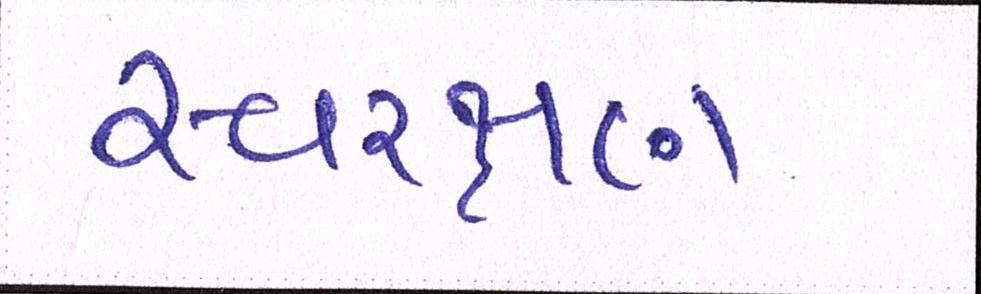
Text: સ્વરક્ષણ